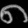
Digit: ၈